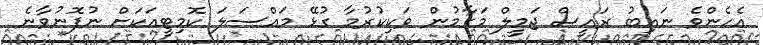
އެހެންވެ ނައިބު ރައީސް ޖަމީލް މަގާމުން ވަކިކުރުމާ ގުޅޭ މައްސަލަ ކޮމިޓީއަކަށް ނުފޮނުވާނެ